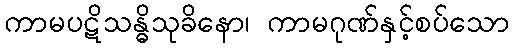
ကာမပဋိသန္ဓိသုခိနော၊ ကာမဂုဏ်နှင့်စပ်သော